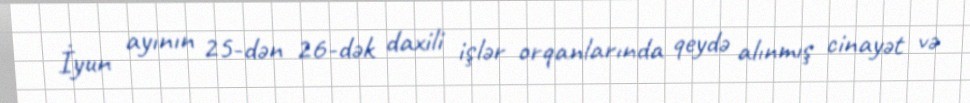
İyun ayının 25-dən 26-dək daxili işlər orqanlarında qeydə alınmış cinayət və